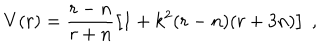
LaTeX: V ( r ) = \frac { r - n } { r + n } \left[ 1 + k ^ { 2 } ( r - n ) ( r + 3 n ) \right] \; ,